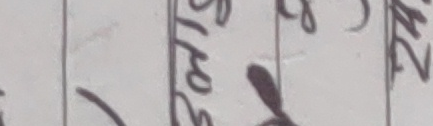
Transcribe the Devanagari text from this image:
ष्यपोधन्न